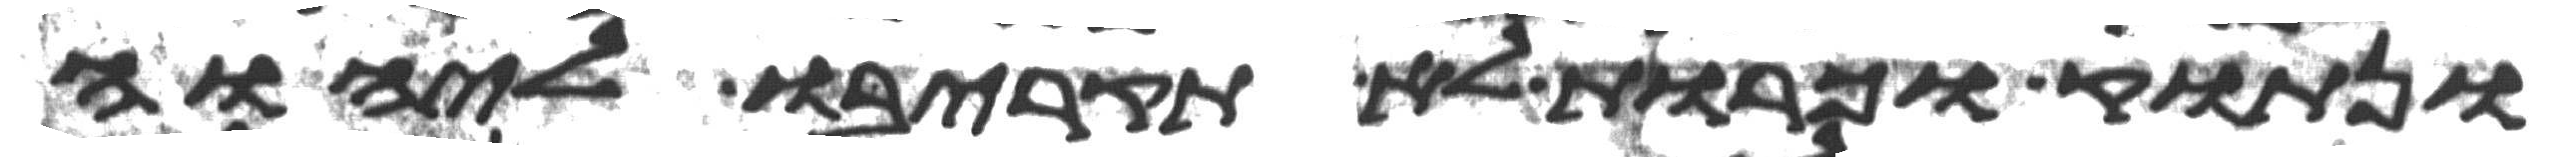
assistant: ונתוק וכרות לא תקריבו ליהוה